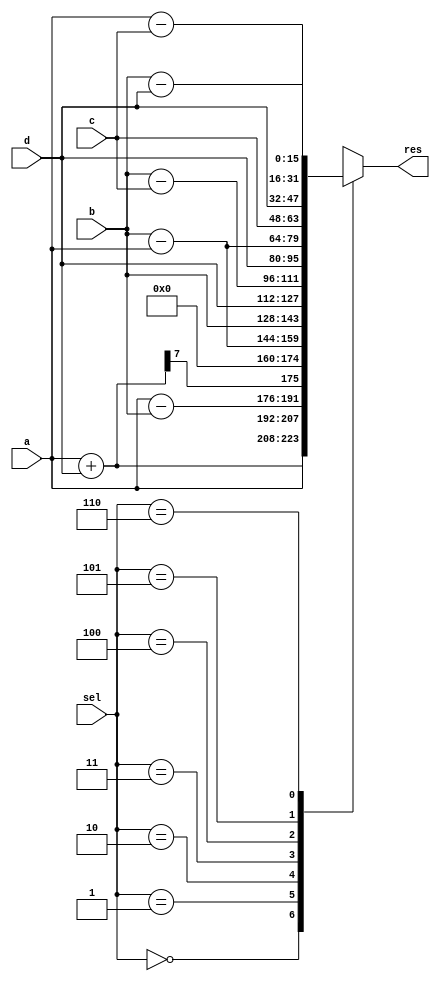
module opt_share_test(
  input [15:0]      a,
  input [15:0]      b,
  input [15:0]      c,
  input [15:0]      d,
  input [2:0]       sel,
  output reg [31:0] res
  );

  wire [15:0]       add0_res = a+d;

  always @* begin
    case(sel)
      0: res = {add0_res, a};
      1: res = {a - b, add0_res[7], 15'b0};
      2: res = {b-a, b};
      3: res = {d, b - c};
      4: res = {d, b - a};
      5: res = {c, d};
      6: res = {a - c, b-d};
      default: res = 32'bx;
    endcase
  end

endmodule